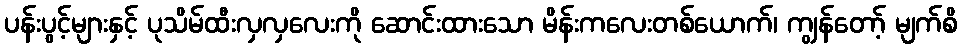
ပန်းပွင့်များနှင့် ပုသိမ်ထီးလှလှလေးကို ဆောင်းထားသော မိန်းကလေးတစ်ယောက်၊ ကျွန်တော့် မျက်စိ